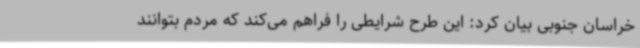
خراسان جنوبی بیان کرد: این طرح شرایطی را فراهم می‌کند که مردم بتوانند